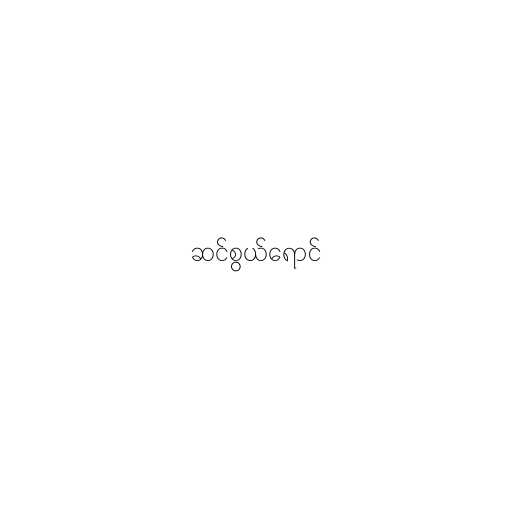
ဆင်စွယ်ရောင်